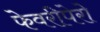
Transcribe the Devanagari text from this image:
फेवरीपेरो